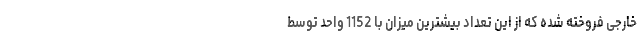
خارجی فروخته شده که از این تعداد بیشترین میزان با 1152 واحد توسط